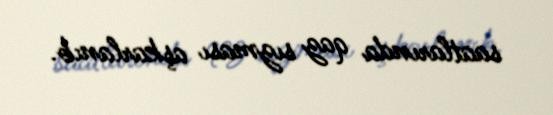
saatlarında qaz sızması aşkarlanıb.